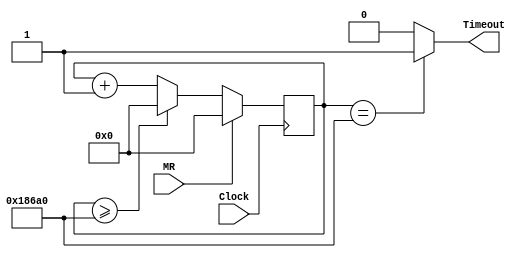
`timescale 1ns / 1ps
// Written by	: Jianjian Song
// Divide a high frequency square wave to 
// generate a lower frequency square wave.

module DelayLoop(MR,Timeout,Clock) ;
parameter	Divider = 100000;	//delay time in number of clock cycles
parameter 	NumberOfBits = 17;
input			MR, Clock;
output reg	Timeout;
reg 	[NumberOfBits-1:0]	count;
	
always @ (count)
	if(count==Divider) Timeout<=1;
	else Timeout<=0;
	
always @ (posedge Clock)
	if(MR==1)		begin count <= 0; end
	else if (count>=Divider)	count<=0;
		else count <= count+1'b1;
endmodule